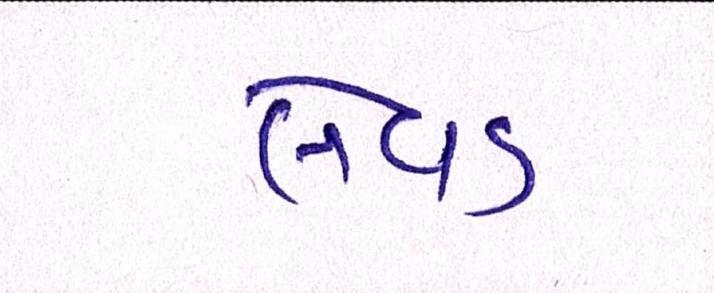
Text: લેવડ